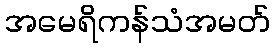
အမေရိကန်သံအမတ်